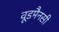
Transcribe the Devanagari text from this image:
वूडमैनसी